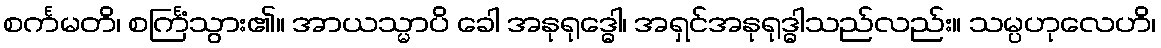
စင်္ကမတိ၊ စင်္ကြံသွား၏။ အာယသ္မာပိ ခေါ အနုရုဒ္ဓေါ၊ အရှင်အနုရုဒ္ဓါသည်လည်း။ သမ္ပဟုလေဟိ၊